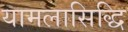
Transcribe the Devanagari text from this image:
यामलासिद्धि